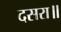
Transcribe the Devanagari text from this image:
दसरा॥